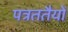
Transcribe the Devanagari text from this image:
पत्रततैयों